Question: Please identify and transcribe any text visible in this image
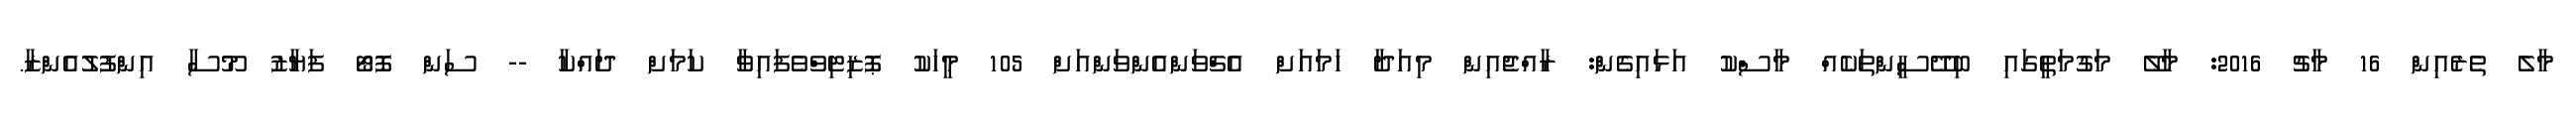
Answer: މާލެ ތެރެއިން 16 މާޗު 2016: މާލޭ މަގުމަތީގައި ބިދޭސީންތަކެއް މާސްކު އަޅައިގެން: ރާއްޖެއިން މިއަދާ ހަމައަށް އެޗްވަންއެންވަންއަށް 105 މީހަކު ޕޮޒިޓިވްވެފައިވާ ކަމަށް ދައްކާ -- ސަން ފޮޓޯ ފަޔާޒު މޫސާ އިންފުލުއެންޒާ.